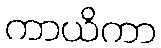
ကာယိကာ